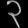
Digit: ၃